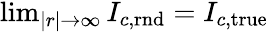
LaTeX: \begin{array}{r}{\operatorname*{lim}_{|r|\to\infty}I_{c,\mathrm{rnd}}=I_{c,\mathrm{true}}}\end{array}